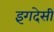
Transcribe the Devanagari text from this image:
इंगदेसी